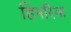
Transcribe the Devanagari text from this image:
हिनरिक